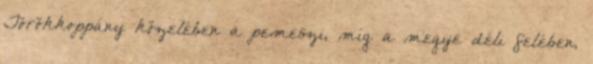
Törökkoppány közelében a pemeszi, míg a megye déli felében,